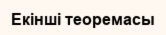
Екінші теоремасы